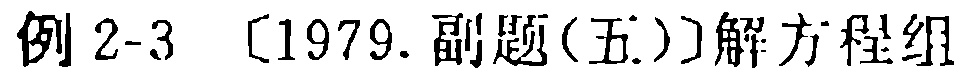
例 2-3 〔1979. 副题(五)〕解方程组